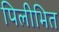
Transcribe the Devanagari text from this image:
पिलीभित